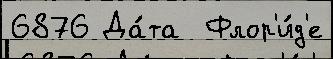
6876 Да́та  Флор'и́д'е